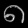
Digit: ၈